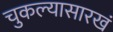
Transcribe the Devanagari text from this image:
चुकल्यासारखं